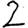
Digit: 2